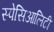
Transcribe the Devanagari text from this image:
स्पेसिआलिटी